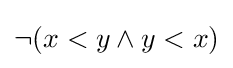
\neg (x<y\land y<x)